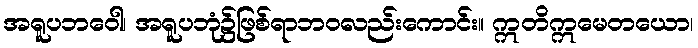
အရူပဘဝေါ၊ အရူပဘုံ၌ဖြစ်ရာဘဝလည်းကောင်း။ ဣတိဣမေတယော၊